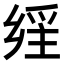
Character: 𤔕